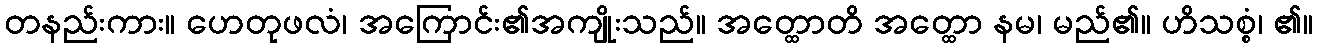
တနည်းကား။ ဟေတုဖလံ၊ အကြောင်း၏အကျိုးသည်။ အတ္ထောတိ အတ္ထော နမ၊ မည်၏။ ဟိသစ္စံ၊ ၏။